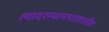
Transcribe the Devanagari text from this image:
त्यादरम्यानभारतातील